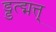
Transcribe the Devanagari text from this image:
ड्डत्द्मत्त्